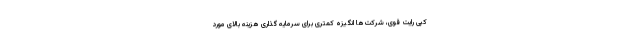
کپی رایت قوی، شرکت‌ها انگیزه کمتری برای سرمایه گذاری هزینه بالای مورد